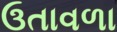
ઉતાવળા